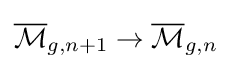
{\overline {\mathcal {M}}}_{g,n+1}\to {\overline {\mathcal {M}}}_{g,n}